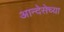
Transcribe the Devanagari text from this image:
आन्देसेच्या